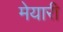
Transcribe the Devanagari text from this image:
मेयारी